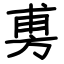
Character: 旉